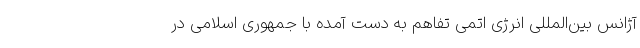
آژانس بین‌المللی انرژی اتمی تفاهم به دست آمده با جمهوری اسلامی در